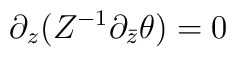
\partial_z ( Z^{-1} \partial_{\bar z} \theta ) = 0